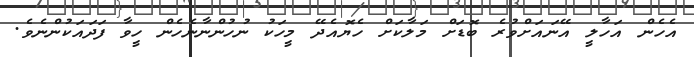
އެހެން އަހާލީ އޭނައަށްވުރެ ބޮޑަށް މަލާކަށް ހެޔޮއެދޭ މީހަކު ނުހުންނާނެހެން ހީވާ ފަދައަކުންނެވެ.